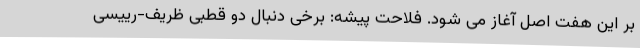
بر این هفت اصل آغاز می شود. فلاحت پیشه: برخی دنبال دو قطبی ظریف-رییسی